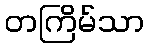
တကြိမ်သာ